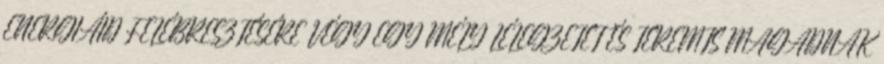
ENERGIÁID FELÉBRESZTÉSÉRE VÉGY EGY MÉLY LÉLEGZETET ÉS TEREMTS MAGADNAK